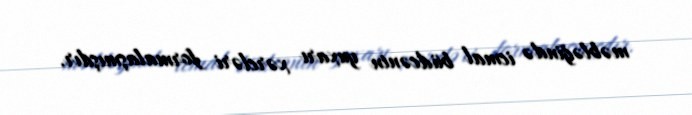
məbləğində icmal büdcənin yuxarı xərcləri formalaşmışdır.